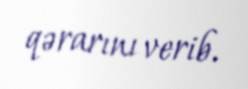
qərarını verib.